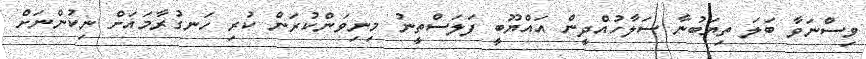
ވިސްނަވާ ބަލަ ތިޔަބުނާ ސަލާހުއްދީން އައްްޔޫބީ ފަލަސްތީނު މިނިވަންކުރަން ކުރި ހަނގުރާމައަށް ނިކުންނަށް